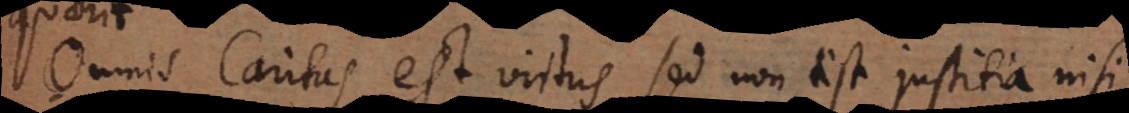
Omnis Caritas est virtus, sed non est justitia nisi